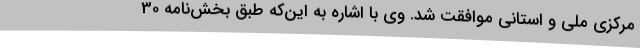
مرکزی ملی و استانی موافقت شد. وی با اشاره به این‌که طبق بخش‌نامه 30